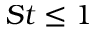
S t \leq 1